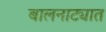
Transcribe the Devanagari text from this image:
बालनाट्यात